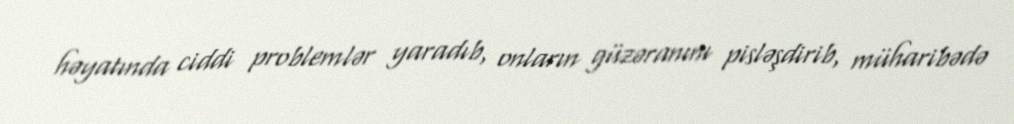
həyatında ciddi problemlər yaradıb, onların güzəranını pisləşdirib, müharibədə